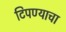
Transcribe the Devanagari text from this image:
टिपण्याचा